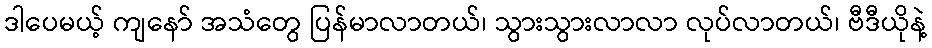
ဒါပေမယ့် ကျနော် အသံတွေ ပြန်မာလာတယ်၊ သွားသွားလာလာ လုပ်လာတယ်၊ ဗီဒီယိုနဲ့